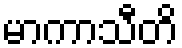
မာကာသီတိ